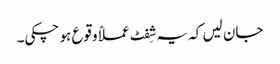
جان لیں کہ یہ شِفٹ عملاً وقوع ہو چکی۔